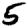
Digit: 5